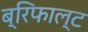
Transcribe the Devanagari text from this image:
ब्रिफाल्ट